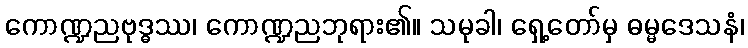
ကောဏ္ဍညဗုဒ္ဓဿ၊ ကောဏ္ဍညဘုရား၏။ သမုခါ၊ ရှေ့တော်မှ ဓမ္မဒေသနံ၊